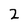
Character: 2